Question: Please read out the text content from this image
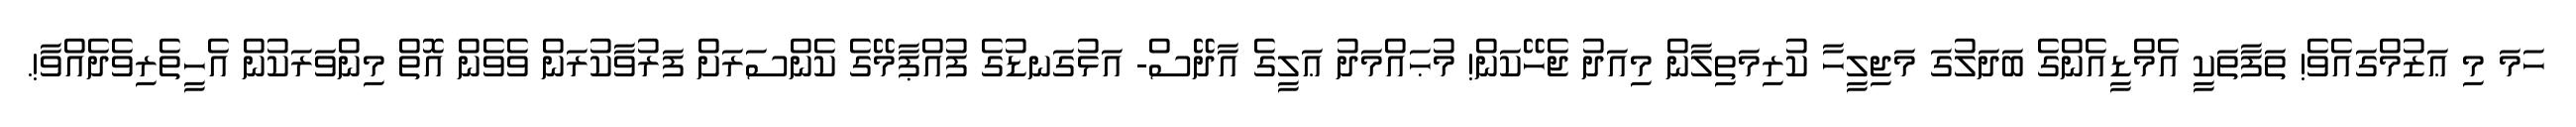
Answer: ހަމަ މި ޢަޒުމްގައެވެ! ތަފާތަކީ އެމްޑީއެންގެ ބަދަލުގަ މަޖިލީހާ ކުރިމަތިލާން މިއަދު ޖެހޭކަން! މުޙައްމަދު ޢަލީގެ އާދޭސް- އަޅުގަނޑުގެ ފުއްޕާމޭގެ ކެންސަރަށް ފަރުވާކުރަން ވެވެން އޮތް މިންވަރަކުން އެހީތެރިވެދެއްވާ!.